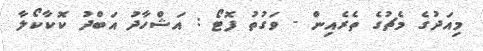
މިއަދުގެ މެޗުގެ ތެރެއިން - ވަގުތު ފޮޓޯ : އަޝްހާދު އަބްދު ކޮކާކޯލާ